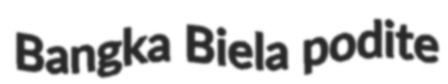
Bangka Biela podite